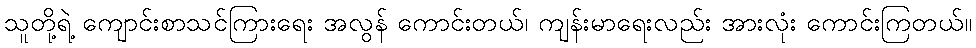
သူတို့ရဲ့ ကျောင်းစာသင်ကြားရေး အလွန် ကောင်းတယ်၊ ကျန်းမာရေးလည်း အားလုံး ကောင်းကြတယ်။